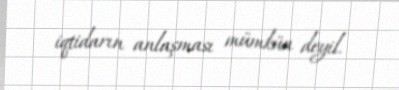
iqtidarın anlaşması mümkün deyil.